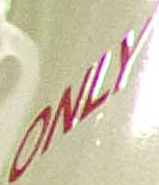
ONLY